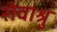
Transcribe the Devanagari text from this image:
सेवाश्रु